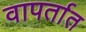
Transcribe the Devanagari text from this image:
वापर्तात